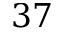
3 7